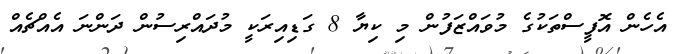
އެހެން އޮފީސްތަކުގެ މުވައްޒަފުން މި ކިޔާ 8 ގަޑިއިރަކީ މުދައްރިސުން ދަންނަ އެއްޗެއް